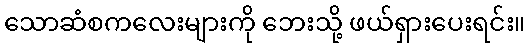
သောဆံစကလေးများကို ဘေးသို့ ဖယ်ရှားပေးရင်း။